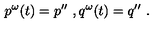
p ^ { \omega } ( t ) = p ^ { \prime \prime } \ , q ^ { \omega } ( t ) = q ^ { \prime \prime } \ .